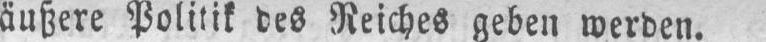
äußere Politik des Reiches geben werden.